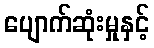
ပျောက်ဆုံးမှုနှင့်